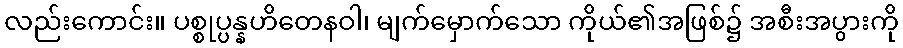
လည်းကောင်း။ ပစ္စုပ္ပန္နဟိတေနဝါ၊ မျက်မှောက်သော ကိုယ်၏အဖြစ်၌ အစီးအပွားကို